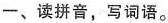
一、读拼音，写词语。